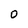
Character: O